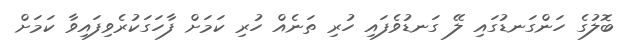
ބޮލުގެ ހަންގަނޑުގައި ލޭ ގަނޑުވެފައި ހުރި ތަނެއް ހުރި ކަމަށް ފާހަގަކުރެވިފައިވާ ކަމަށް